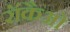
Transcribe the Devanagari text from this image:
रॉकैओ